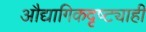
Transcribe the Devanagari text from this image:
औद्यागिकदृष्ट्याही